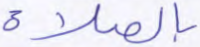
بالصلاة